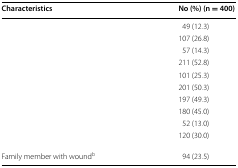
<table><thead><tr><td><b>Characteristics</b></td><td><b>No (%) (n = 400)</b></td></tr></thead><tbody><tr><td>[EMPTY_CELL]</td><td>49 (12.3)</td></tr><tr><td>[EMPTY_CELL]</td><td>107 (26.8)</td></tr><tr><td>[EMPTY_CELL]</td><td>57 (14.3)</td></tr><tr><td>[EMPTY_CELL]</td><td>211 (52.8)</td></tr><tr><td>[EMPTY_CELL]</td><td>101 (25.3)</td></tr><tr><td>[EMPTY_CELL]</td><td>201 (50.3)</td></tr><tr><td>[EMPTY_CELL]</td><td>197 (49.3)</td></tr><tr><td>[EMPTY_CELL]</td><td>180 (45.0)</td></tr><tr><td>[EMPTY_CELL]</td><td>52 (13.0)</td></tr><tr><td>[EMPTY_CELL]</td><td>120 (30.0)</td></tr><tr><td>Family member with wound<sup>b</sup></td><td>94 (23.5)</td></tr></tbody></table>